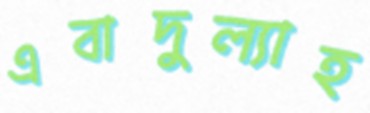
এবাদুল্যাহ